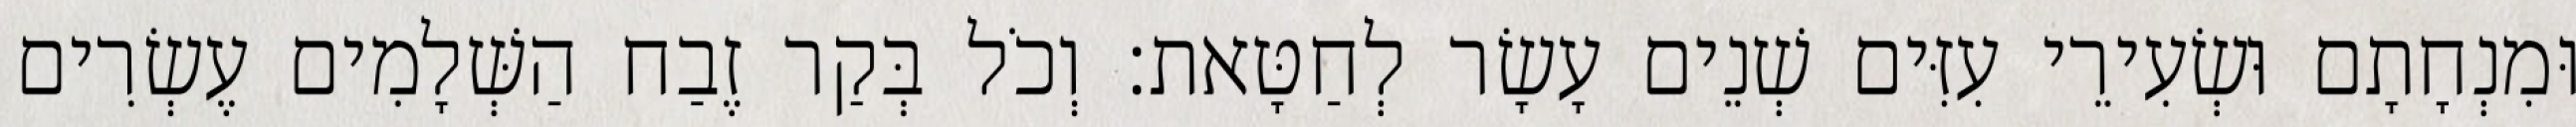
וּמִנְחָתָם וּשְׂעִירֵי עִזִּים שְׁנֵים עָשָׂר לְחַטָּאת׃ וְכֹל בְּקַר זֶבַח הַשְּׁלָמִים עֶשְׂרִים